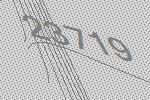
23719